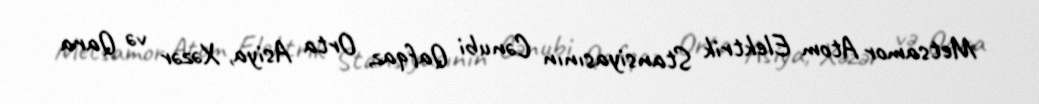
Metsamor Atom Elektrik Stansiyasının Cənubi Qafqaz, Orta Asiya, Xəzər və Qara